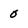
Character: 0